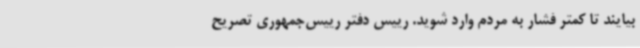
بیایند تا کمتر فشار به مردم وارد شوید. رییس دفتر رییس‌جمهوری تصریح